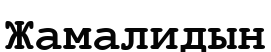
Жамалидын